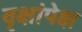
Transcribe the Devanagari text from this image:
वृक्षांपेक्ष